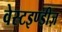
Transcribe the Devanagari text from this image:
वेस्टइण्डीज़